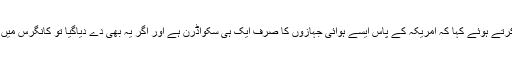
مورر نے وضاحت کرتے ہوئے کہا کہ امریکہ کے پاس ایسے ہوائی جہازوں کا صرف ایک ہی سکواڈرن ہے اور اگر یہ بھی دے دیاگیا تو کانگرس میں طوفان اُٹھ کھڑا ہوگا۔